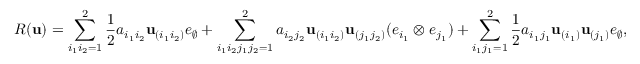
R ( \mathbf { u } ) = \sum _ { i _ { 1 } i _ { 2 } = 1 } ^ { 2 } \frac 1 2 a _ { i _ { 1 } { i _ { 2 } } } { \bf u } _ { ( i _ { 1 } i _ { 2 } ) } e _ { \emptyset } + \sum _ { i _ { 1 } i _ { 2 } j _ { 1 } j _ { 2 } = 1 } ^ { 2 } a _ { i _ { 2 } { j _ { 2 } } } { \bf u } _ { ( i _ { 1 } i _ { 2 } ) } { \bf u } _ { ( j _ { 1 } j _ { 2 } ) } ( e _ { i _ { 1 } } \otimes e _ { j _ { 1 } } ) + \sum _ { i _ { 1 } j _ { 1 } = 1 } ^ { 2 } \frac 1 2 a _ { i _ { 1 } { j _ { 1 } } } { \bf u } _ { ( i _ { 1 } ) } { \bf u } _ { ( j _ { 1 } ) } e _ { \emptyset } ,